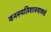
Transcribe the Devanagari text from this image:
वनस्पतिशास्त्राकडे